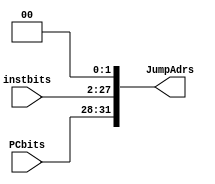
module jump_calc (input[3:0] PCbits,
input[25:0] instbits,
output [31:0] JumpAdrs);
assign JumpAdrs = {PCbits, instbits, 2'b00};
endmodule